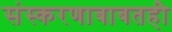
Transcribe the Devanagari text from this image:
संस्करणाबाबतही